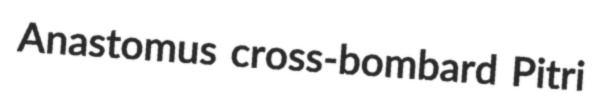
Anastomus cross-bombard Pitri